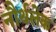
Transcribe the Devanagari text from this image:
नौर्थलेक